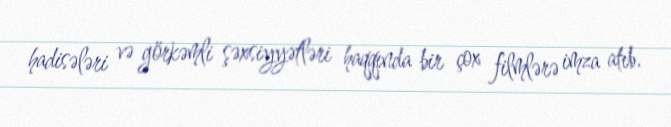
hadisələri və görkəmli şəxsiyyətləri haqqında bir çox filmlərə imza atıb.